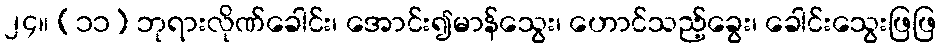
၂၄။ (၁၁) ဘုရားလိုဏ်ခေါင်း၊ အောင်း၍မာန်သွေး၊ ဟောင်သည့်ခွေး၊ ခေါင်းသွေးဖြဖြ